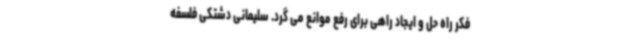
فکر راه حل و ایجاد راهی برای رفع موانع می گرد. سلیمانی دشتکی فلسفه